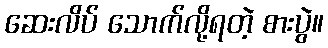
ဆေးလိပ် သောက်လို့ရတဲ့ စားပွဲ။